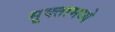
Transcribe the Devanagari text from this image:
सूक्तामध्ये